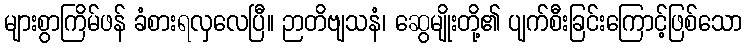
များစွာကြိမ်ဖန် ခံစားရလှလေပြီ။ ဉာတိဗျသနံ၊ ဆွေမျိုးတို့၏ ပျက်စီးခြင်းကြောင့်ဖြစ်သော